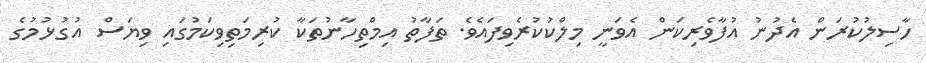
ހާސިލުކުރަން އެދުނު އުފާވެރިކަން އެވަނީ މިލްކުކުރެވިފައެވެ. ތަފާތު އިމްތިހާނުތަކާ ކުރިމަތިވިކަމުގައި ވިޔަސް އުގުޅުމުގެ